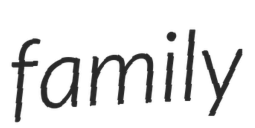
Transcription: family